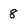
Character: 8